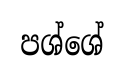
පශ්ශේ